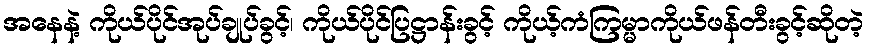
အနေနဲ့ ကိုယ်ပိုင်အုပ်ချုပ်ခွင့်၊ ကိုယ်ပိုင်ပြဋ္ဌာန်းခွင့် ကိုယ့်ကံကြမ္မာကိုယ်ဖန်တီးခွင့်ဆိုတဲ့